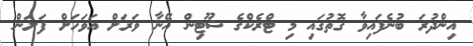
އިންދުރަ ބުނެފައިވާ ގޮތުގައި މި ޓްރެކްގެ ޝޫޓިން އޭނާ ވަރަށް އަވަހަށް ފަށަން